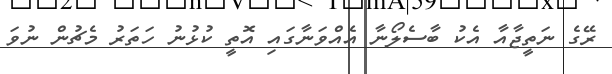
ރޭގެ ނަތީޖާއާ އެކު ބާސެލޯނާ އެއްވަނާގައި އޮތީ ކުޅުނު ހަތަރު މެޗުން ނުވަ